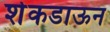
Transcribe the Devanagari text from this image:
शेकडाऊन